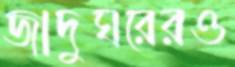
জাদুঘরেরও